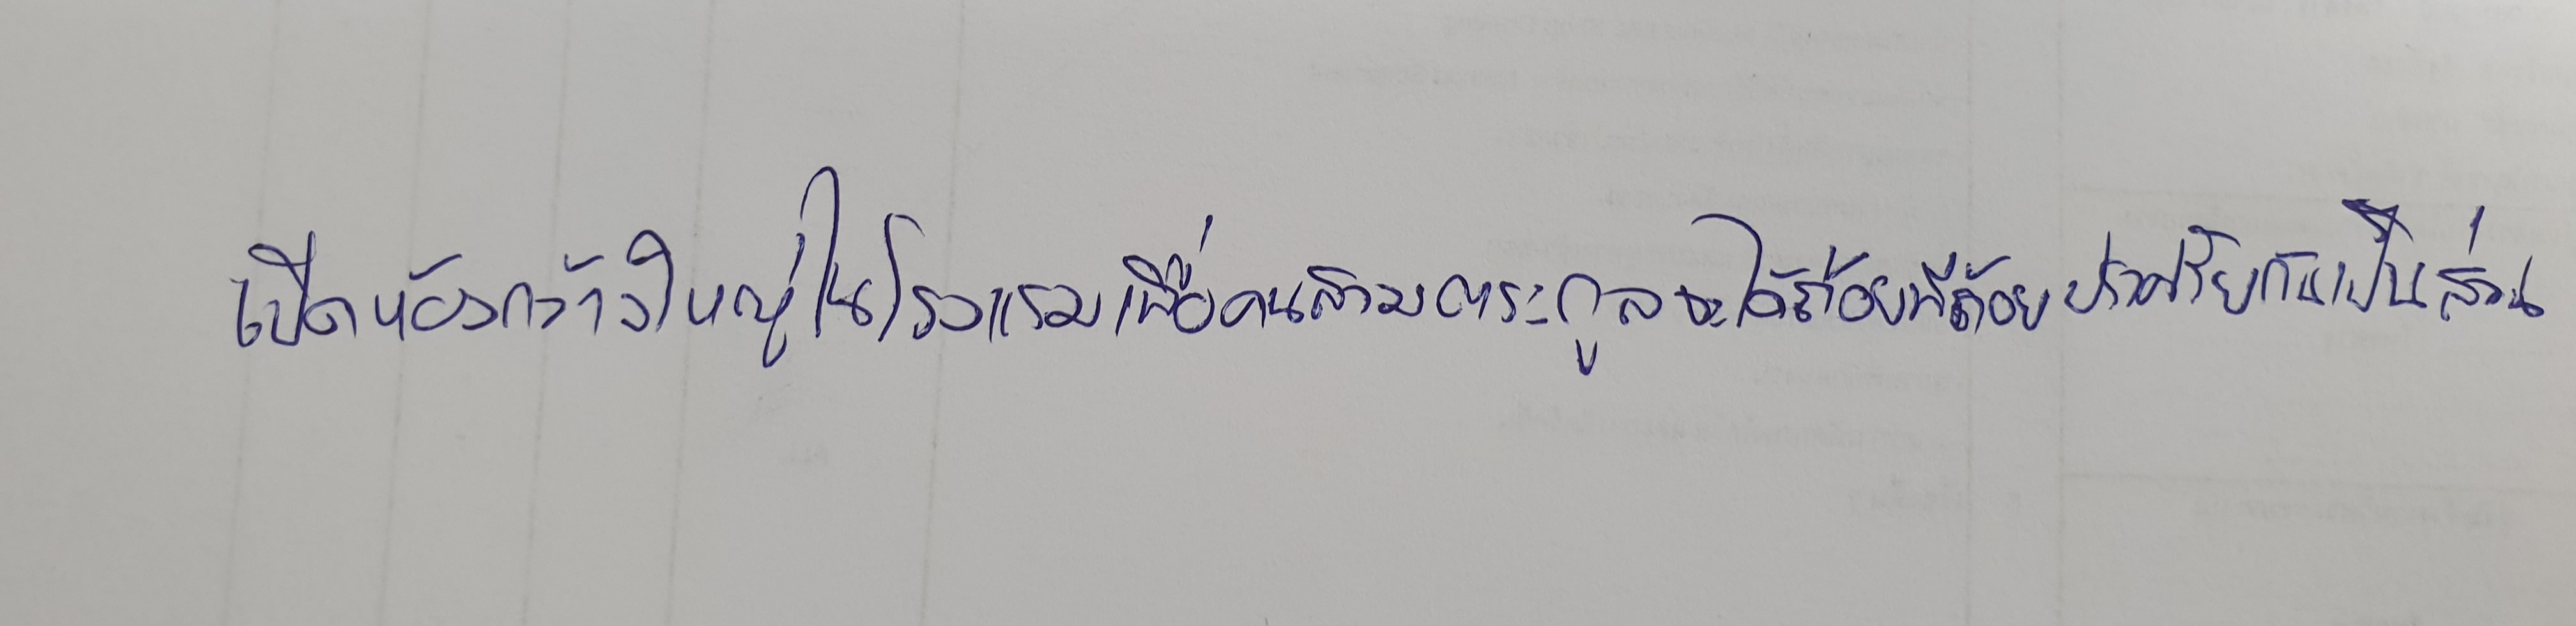
เปิดห้องกว้างใหญ่ในโรงแรมเพื่อคนสามตระกูลจะได้ถ้อยทีถ้อยปราศรัยกันเป็นส่วน